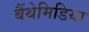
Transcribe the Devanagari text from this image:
बैंथेमिडिया